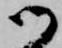
御